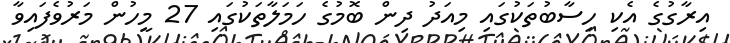
އިރާގުގެ އެކި ހިސާބުތަކުގައި މިއަދު ދިން ބޮމުގެ ހަމަލާތަކުގައި 27 މީހުން މަރުވެފައިވާ